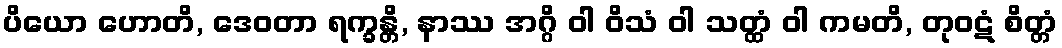
ပိယော ဟောတိ, ဒေဝတာ ရက္ခန္တိ, နာဿ အဂ္ဂိ ဝါ ဝိသံ ဝါ သတ္ထံ ဝါ ကမတိ, တုဝဋံ စိတ္တံ